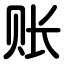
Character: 账